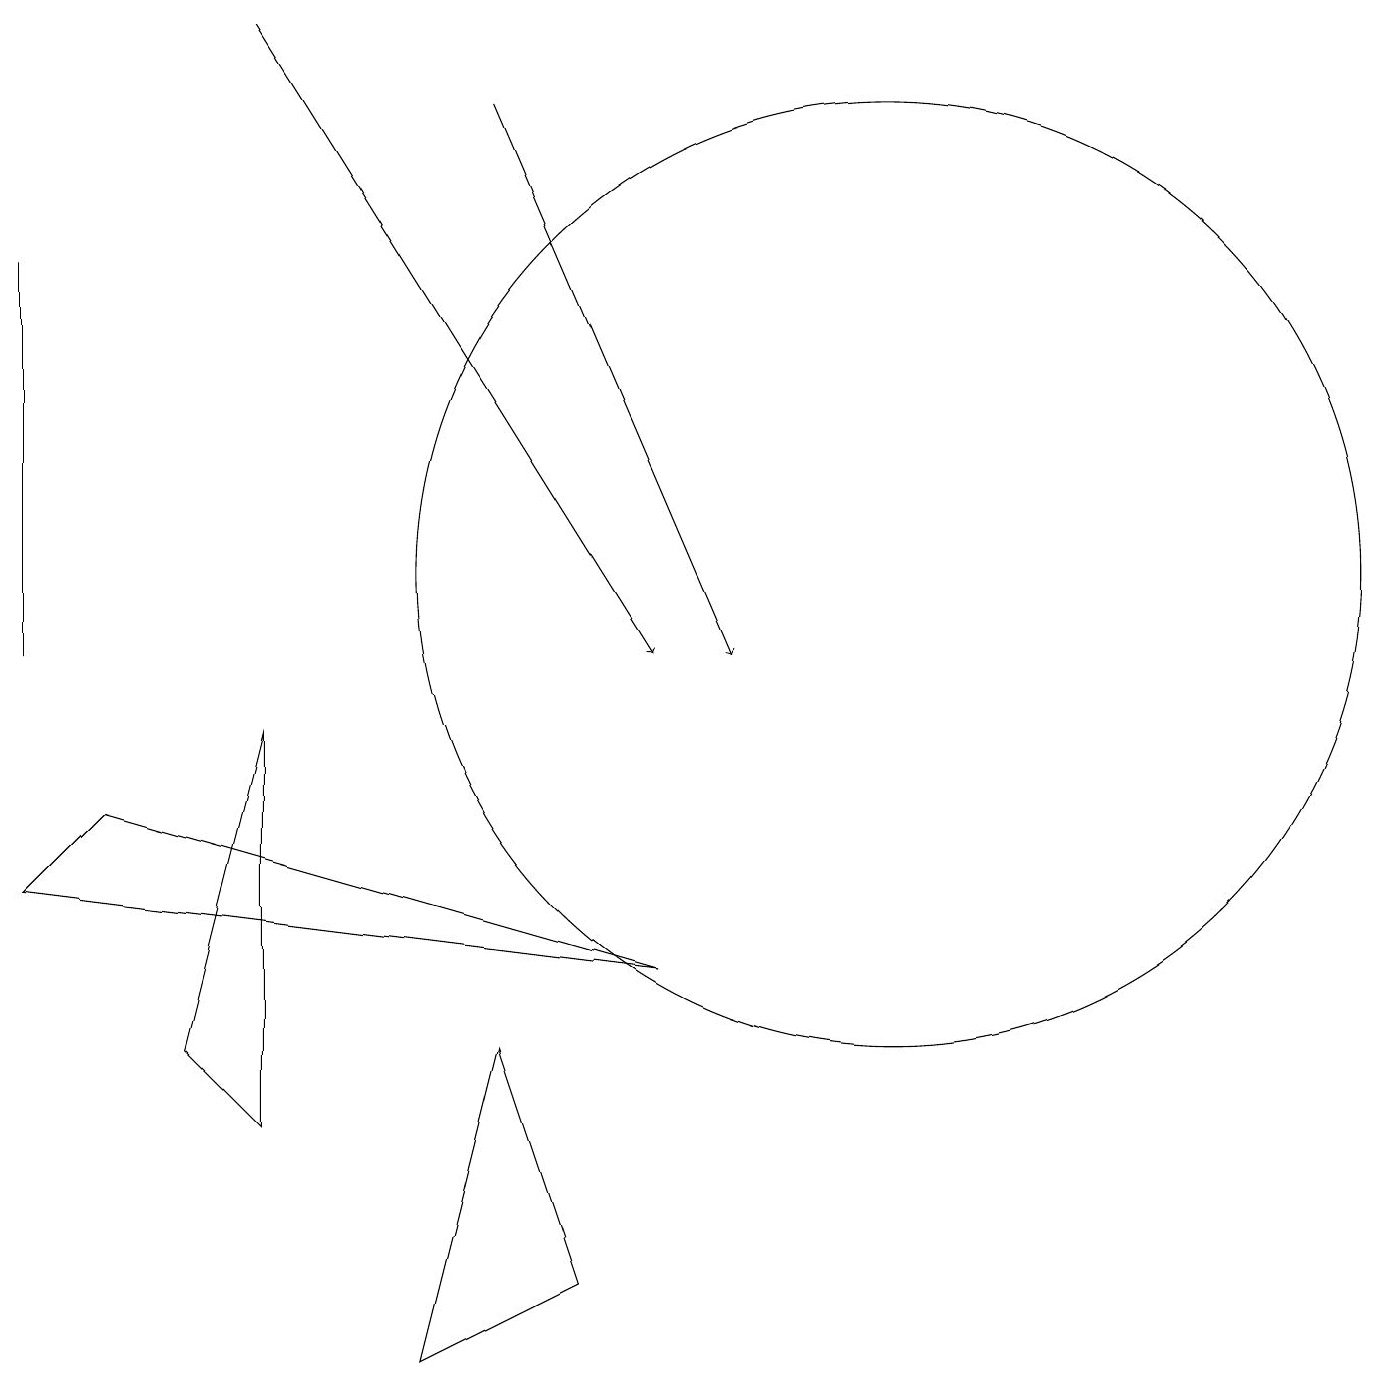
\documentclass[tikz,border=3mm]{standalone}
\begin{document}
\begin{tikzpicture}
\draw (0,15) rectangle (0,10);
\draw (0,7) -- (1,8) -- (8,6) -- cycle;
\draw (3,4) -- (3,9) -- (2,5) -- cycle;
\draw[->] (6,17) -- (9,10);
\draw[->] (3,18) -- (8,10);
\draw (7,2) -- (6,5) -- (5,1) -- cycle;
\draw (11,11) circle (6);
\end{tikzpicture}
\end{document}